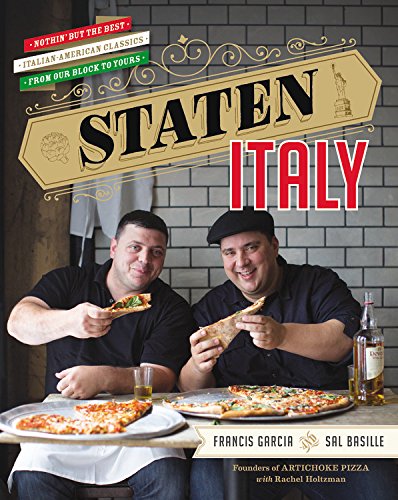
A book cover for Staten Italy: Nothin' but the Best Italian-American Classics, from Our Block to Yours; Francis Garcia; Cookbooks, Food & Wine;